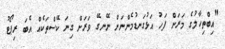
"އިބްތިހާލުގެ މަރަށް ފަހު އަޅުގަނޑުމެންނަށް ނޭނގޭ ވަރަށް ގިނަ ކޭސްތަކެއް އެބަ ރިޕޯޓު